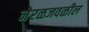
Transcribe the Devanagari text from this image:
नेरळजवळील